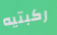
ركبتيه